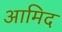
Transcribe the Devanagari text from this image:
आमिद